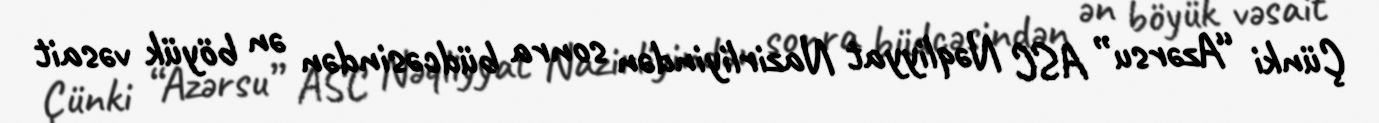
Çünki “Azərsu” ASC Nəqliyyat Nazirliyindən sonra büdcəsindən ən böyük vəsait